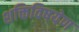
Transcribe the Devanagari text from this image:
शक्तिविषयेण